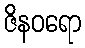
ဇိနဝရော